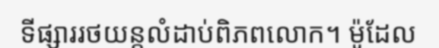
ទីផ្សាររថយន្តលំដាប់ពិភពលោក។ ម៉ូដែល